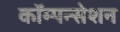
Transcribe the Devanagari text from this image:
कॉम्पन्सेशन